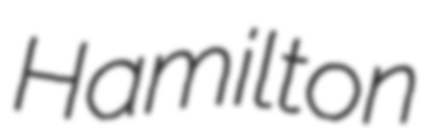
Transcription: Hamilton